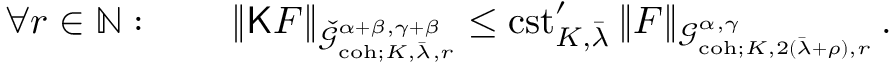
\forall r \in \mathbb { N } : \qquad \| \mathsf { K } F \| _ { \check { \mathcal { G } } _ { \mathrm { c o h } ; K , \bar { \lambda } , r } ^ { \alpha + \beta , \gamma + \beta } } \le \mathrm { c s t } _ { K , \bar { \lambda } } ^ { \prime } \, \| F \| _ { \mathcal { G } _ { \mathrm { c o h } ; K , 2 ( \bar { \lambda } + \rho ) , r } ^ { \alpha , \gamma } } \, .